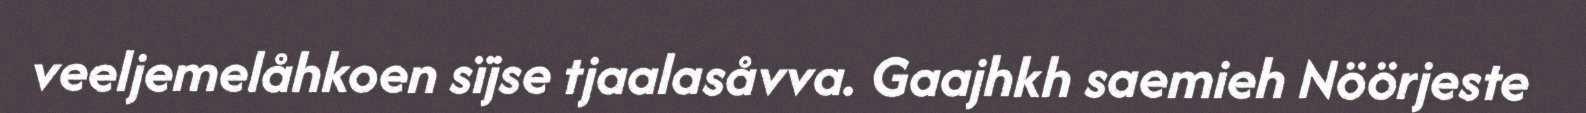
veeljemelåhkoen sïjse tjaalasåvva. Gaajhkh saemieh Nöörjeste